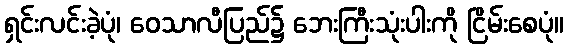
ရှင်းလင်းခဲ့ပုံ၊ ဝေသာလီပြည်၌ ဘေးကြီးသုံးပါးကို ငြိမ်းစေပုံ။